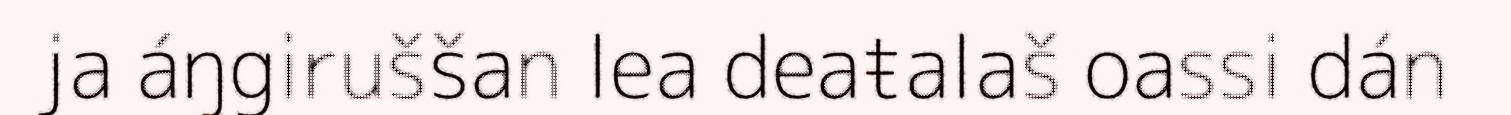
ja áŋgiruššan lea deaŧalaš oassi dán